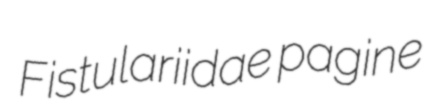
Fistulariidae pagine